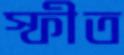
স্ফীত